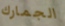
الجمارك